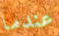
عندما